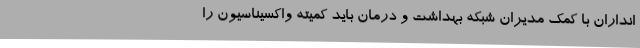
انداران با کمک مدیران شبکه بهداشت و درمان باید کمیته واکسیناسیون را